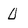
Character: 0